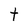
Character: t